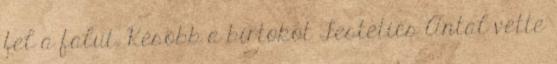
fel a falut. Késõbb a birtokot Festetics Antal vette